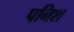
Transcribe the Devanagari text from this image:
पनिश